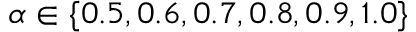
\alpha \in \{ 0 . 5 , 0 . 6 , 0 . 7 , 0 . 8 , 0 . 9 , 1 . 0 \}